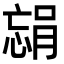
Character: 𫺴